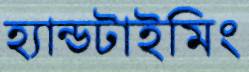
হ্যান্ডটাইমিং